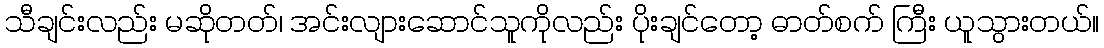
သီချင်းလည်း မဆိုတတ်၊ အင်းလျားဆောင်သူကိုလည်း ပိုးချင်တော့ ဓာတ်စက် ကြီး ယူသွားတယ်။